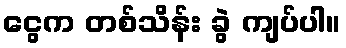
ငွေက တစ်သိန်း ခွဲ ကျပ်ပါ။